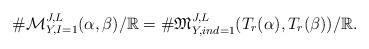
LaTeX: \begin{align*} \#\mathcal{M}_{Y, I=1}^{J, L}(\alpha, \beta) / \mathbb{R}=\#\mathfrak{M}_{Y, ind=1}^{J, L}(T_r(\alpha), T_r(\beta)) / \mathbb{R}.\end{align*}